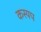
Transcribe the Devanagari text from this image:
कस्यप